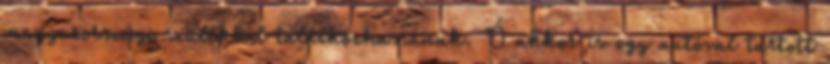
magyarországi szülőkkel találkozhassanak. Ő akkor is egy autóval tartott